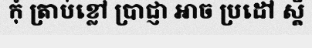
កុំ ត្រាប់ខ្លៅ ប្រាជ្ញា អាច ប្រដៅ ស្តី